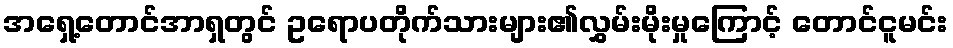
အရှေ့တောင်အာရှတွင် ဥရောပတိုက်သားများ၏လွှမ်းမိုးမှုကြောင့် တောင်ငူမင်း